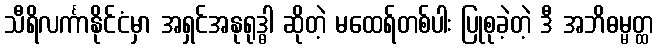
သီရိလင်္ကာနိုင်ငံမှာ အရှင်အနုရုဒ္ဓါ ဆိုတဲ့ မထေရ်တစ်ပါး ပြုစုခဲ့တဲ့ ဒီ အဘိဓမ္မတ္ထ